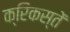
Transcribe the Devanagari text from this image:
क्रिकस्तें